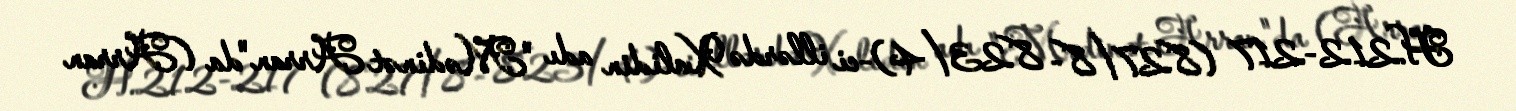
H.212-217 (827/8- 823/4)-ci illərdə Xalidin adı "Mədinət Arran"da (Arran